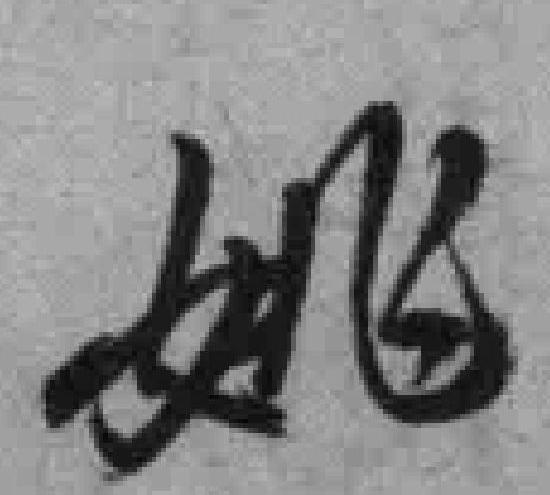
姚